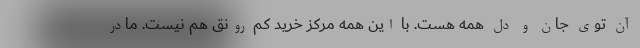
آن توی جان و دل همه هست. با این همه مرکز خرید کم رونق هم نیست. مادر